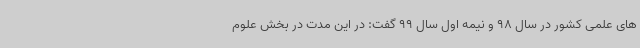
های علمی کشور در سال 98 و نیمه اول سال 99 گفت: در این مدت در بخش علوم